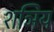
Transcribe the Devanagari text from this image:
शञिय